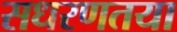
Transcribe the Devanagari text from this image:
सधरणतया